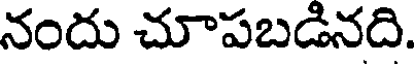
నందు చూపబడినది.